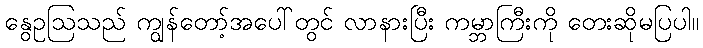
နွေဥဩသည် ကျွန်တော့်အပေါ်တွင် လာနားပြီး ကမ္ဘာကြီးကို တေးဆိုမပြပါ။